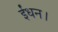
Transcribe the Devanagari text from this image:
ईंधन।